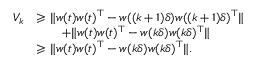
\begin{array} { r l } { V _ { k } } & { \geqslant \ensuremath { \| w ( t ) w ( t ) ^ { \top } - w ( ( k + 1 ) \delta ) w ( ( k + 1 ) \delta ) ^ { \top } \| } } \\ & { \quad \quad + \ensuremath { \| w ( t ) w ( t ) ^ { \top } - w ( k \delta ) w ( k \delta ) ^ { \top } \| } } \\ & { \geqslant \ensuremath { \| w ( t ) w ( t ) ^ { \top } - w ( k \delta ) w ( k \delta ) ^ { \top } \| } . } \end{array}